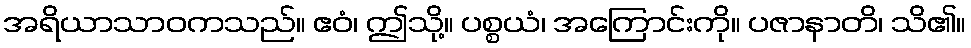
အရိယာသာဝကသည်။ ဧဝံ၊ ဤသို့။ ပစ္စယံ၊ အကြောင်းကို။ ပဇာနာတိ၊ သိ၏။